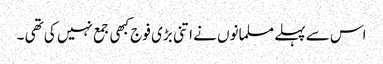
اس سے پہلے مسلمانوں نے اتنی بڑی فوج کبھی جمع نہیں کی تھی ۔